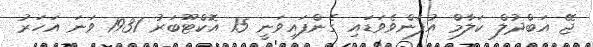
ޖޭ އަބްދުލް ކަލާމް އުފަންވެވަޑައި ގެންފައިވަނީ 15 އޮކްޓޫބަރު 1931 ވަނަ އަހަރު